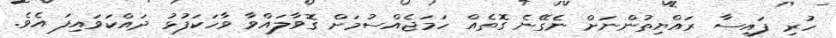
ހުރި ފައިސާ ރައްޔިތުންނަށް ނެގޭނެ ގޮތެއް ހަމަޖެއްސުމަށް ގޮވާލައްވާ ވާހަކަފުޅު ދައްކަވައިފަ އެވެ.